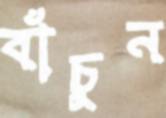
বাঁচুন